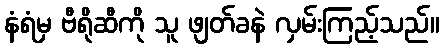
နံရံမှ ဗီရိုဆီကို သူ ဖျတ်ခနဲ လှမ်းကြည့်သည်။